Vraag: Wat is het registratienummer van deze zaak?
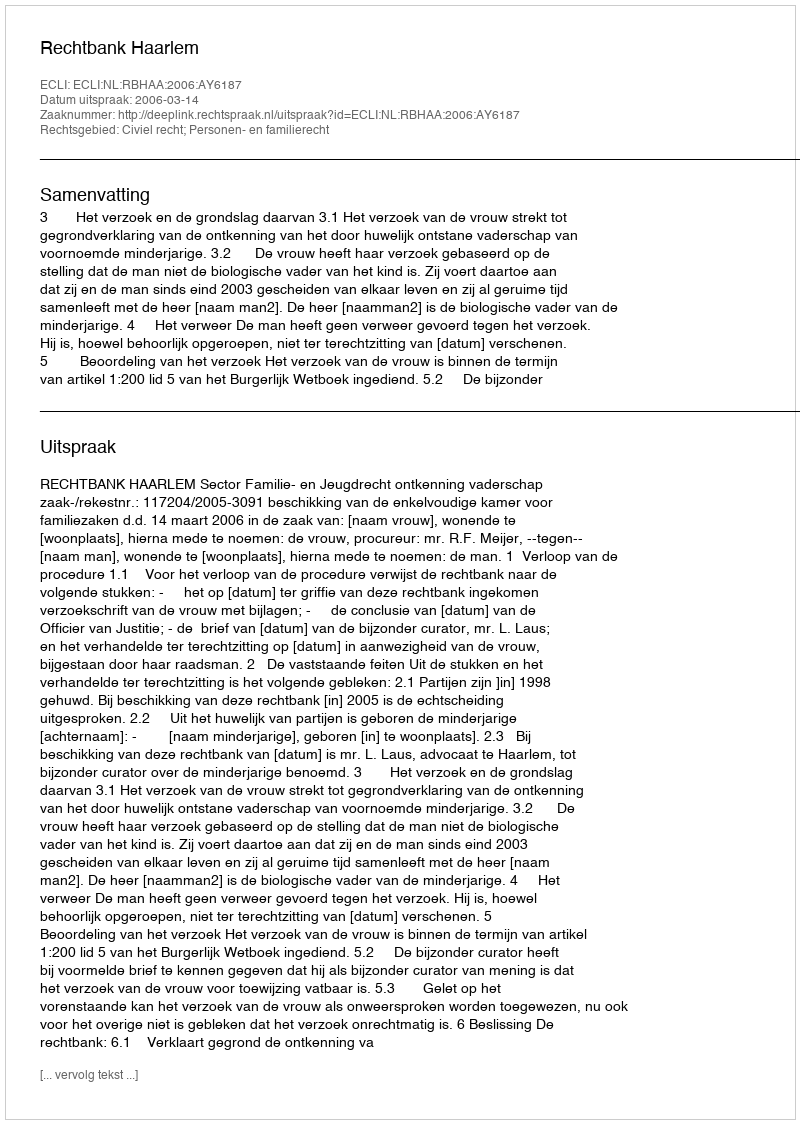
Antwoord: http://deeplink.rechtspraak.nl/uitspraak?id=ECLI:NL:RBHAA:2006:AY6187